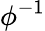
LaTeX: \phi^{-1}